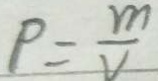
\rho = \frac { m } { v }